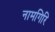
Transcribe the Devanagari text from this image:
नामगिरि